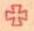
+